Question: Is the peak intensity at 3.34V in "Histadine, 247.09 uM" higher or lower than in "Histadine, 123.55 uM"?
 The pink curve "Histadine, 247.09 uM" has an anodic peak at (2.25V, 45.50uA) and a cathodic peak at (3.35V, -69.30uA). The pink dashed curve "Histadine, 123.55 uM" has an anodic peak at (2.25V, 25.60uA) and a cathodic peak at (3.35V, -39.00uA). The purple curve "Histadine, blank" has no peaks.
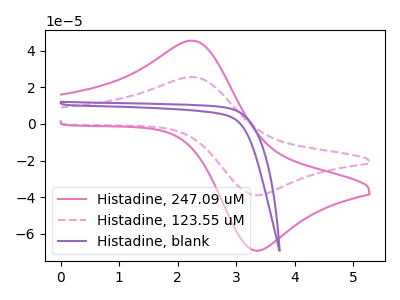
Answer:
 <answer>The peak at 3.34V is higher in "Histadine, 247.09 uM" than in "Histadine, 123.55 uM".</answer>
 <eval>higher</eval>